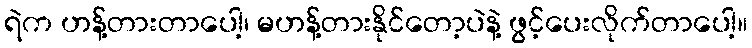
ရဲက ဟန့်တားတာပေါ့၊ မဟန့်တားနိုင်တော့ပဲနဲ့ ဖွင့်ပေးလိုက်တာပေါ့။